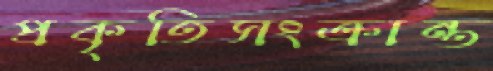
প্রকৃতিসংক্রান্ত